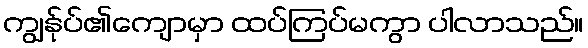
ကျွန်ုပ်၏ကျောမှာ ထပ်ကြပ်မကွာ ပါလာသည်။